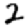
Digit: 2